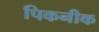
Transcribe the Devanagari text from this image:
पिकनीक